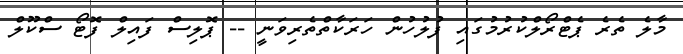
މާލެ ތެރެ ޕެޓްރޯލްކުރުމުގައި ފުލުހުން ހަރަކާތްތެރިވަނީ -- ޕޮލިސް ފައިލް ފޮޓޯ ސްކޫލް